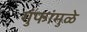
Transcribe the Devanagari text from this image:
गुंफांमुळे